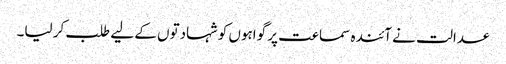
عدالت نے آئندہ سماعت پر گواہوں کو شہادتوں کے لیے طلب کر لیا۔